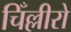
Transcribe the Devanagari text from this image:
चिँल्लीरो